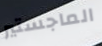
الماجستير